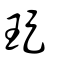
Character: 珿